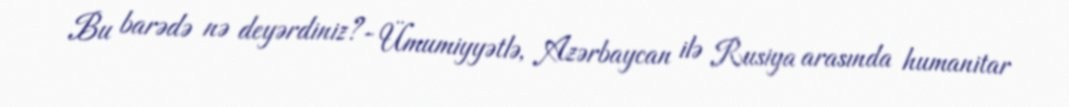
Bu barədə nə deyərdiniz?- Ümumiyyətlə, Azərbaycan ilə Rusiya arasında humanitar